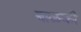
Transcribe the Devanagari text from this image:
बाळकी